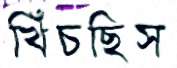
খিঁচছিস